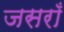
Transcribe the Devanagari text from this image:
जसराँ